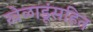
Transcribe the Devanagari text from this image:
खेळाडूंसहित